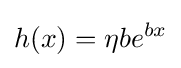
h(x)=\eta be^{bx}